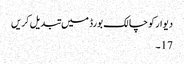
دیوار کو چالک بورڈ میں تبدیل کریں
17۔